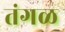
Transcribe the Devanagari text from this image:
तंगळ